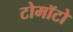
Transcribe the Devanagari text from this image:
टोमॉटो